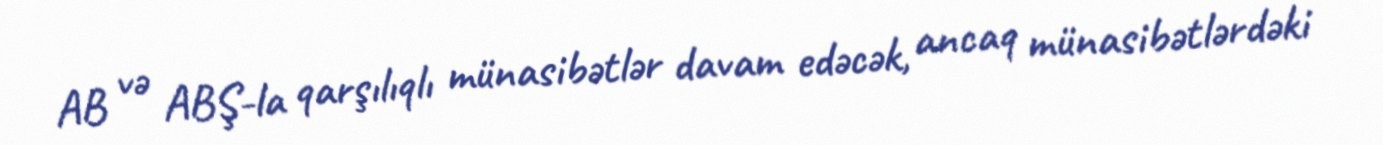
AB və ABŞ-la qarşılıqlı münasibətlər davam edəcək, ancaq münasibətlərdəki